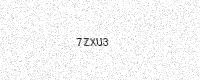
Text: 7ZXU3